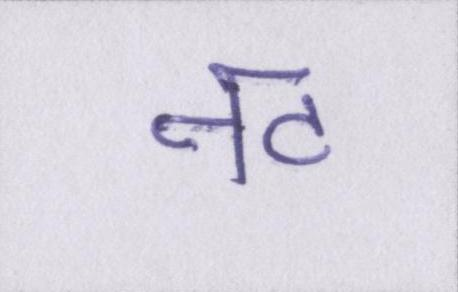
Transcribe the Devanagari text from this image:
नट